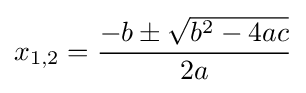
x_{1,2}={\frac {-b\pm {\sqrt {b^{2}-4ac}}}{2a}}